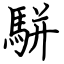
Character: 駢